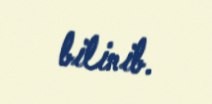
bilinib.